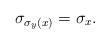
LaTeX: \begin{align*} \sigma_{\sigma_y(x)}=\sigma_x. \end{align*}